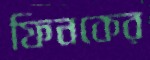
ফিনকের